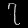
Digit: ၇